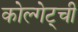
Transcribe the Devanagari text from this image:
कोल्गेट्ची